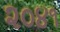
૨૦૪૧